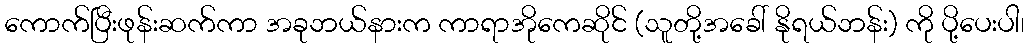
ကောက်ပြီးဖုန်းဆက်ကာ အခုဘယ်နားက ကာရာအိုကေဆိုင် (သူတို့အခေါ် နိုရယ်ဘန်း) ကို ပို့ပေးပါ၊